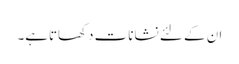
ان کے لئے نشانات دکھاتاہے۔